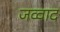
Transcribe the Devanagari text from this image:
जव्वाद